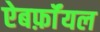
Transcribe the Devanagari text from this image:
ऐबर्फ़ाॅयल